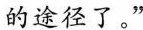
的途径了。”